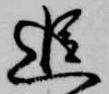
追